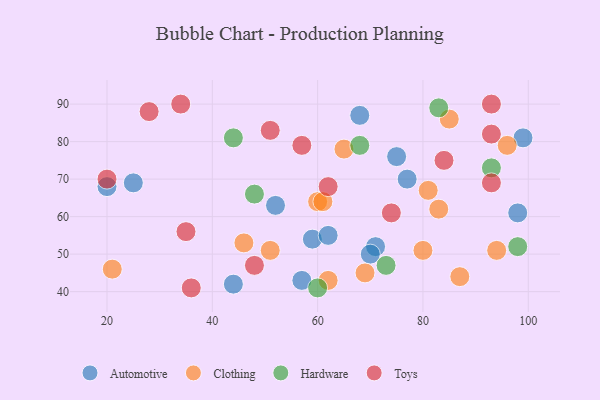
{"axis": {"x": "GDP", "y": "Life Expectancy"}, "legend": ["Automotive", "Clothing", "Hardware", "Toys"], "data": [{"x": "25", "y": 69, "type": "Automotive"}, {"x": "20", "y": 68, "type": "Automotive"}, {"x": "57", "y": 43, "type": "Automotive"}, {"x": "98", "y": 61, "type": "Automotive"}, {"x": "71", "y": 52, "type": "Automotive"}, {"x": "52", "y": 63, "type": "Automotive"}, {"x": "75", "y": 76, "type": "Automotive"}, {"x": "77", "y": 70, "type": "Automotive"}, {"x": "44", "y": 42, "type": "Automotive"}, {"x": "68", "y": 87, "type": "Automotive"}, {"x": "70", "y": 50, "type": "Automotive"}, {"x": "99", "y": 81, "type": "Automotive"}, {"x": "59", "y": 54, "type": "Automotive"}, {"x": "62", "y": 55, "type": "Automotive"}, {"x": "69", "y": 45, "type": "Clothing"}, {"x": "60", "y": 64, "type": "Clothing"}, {"x": "61", "y": 64, "type": "Clothing"}, {"x": "65", "y": 78, "type": "Clothing"}, {"x": "80", "y": 51, "type": "Clothing"}, {"x": "51", "y": 51, "type": "Clothing"}, {"x": "46", "y": 53, "type": "Clothing"}, {"x": "94", "y": 51, "type": "Clothing"}, {"x": "81", "y": 67, "type": "Clothing"}, {"x": "85", "y": 86, "type": "Clothing"}, {"x": "83", "y": 62, "type": "Clothing"}, {"x": "62", "y": 43, "type": "Clothing"}, {"x": "87", "y": 44, "type": "Clothing"}, {"x": "21", "y": 46, "type": "Clothing"}, {"x": "96", "y": 79, "type": "Clothing"}, {"x": "98", "y": 52, "type": "Hardware"}, {"x": "83", "y": 89, "type": "Hardware"}, {"x": "48", "y": 66, "type": "Hardware"}, {"x": "44", "y": 81, "type": "Hardware"}, {"x": "68", "y": 79, "type": "Hardware"}, {"x": "60", "y": 41, "type": "Hardware"}, {"x": "93", "y": 73, "type": "Hardware"}, {"x": "73", "y": 47, "type": "Hardware"}, {"x": "93", "y": 82, "type": "Toys"}, {"x": "84", "y": 75, "type": "Toys"}, {"x": "48", "y": 47, "type": "Toys"}, {"x": "34", "y": 90, "type": "Toys"}, {"x": "62", "y": 68, "type": "Toys"}, {"x": "57", "y": 79, "type": "Toys"}, {"x": "93", "y": 69, "type": "Toys"}, {"x": "74", "y": 61, "type": "Toys"}, {"x": "35", "y": 56, "type": "Toys"}, {"x": "93", "y": 90, "type": "Toys"}, {"x": "28", "y": 88, "type": "Toys"}, {"x": "20", "y": 70, "type": "Toys"}, {"x": "51", "y": 83, "type": "Toys"}, {"x": "36", "y": 41, "type": "Toys"}]}